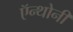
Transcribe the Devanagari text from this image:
ऍन्थोनी